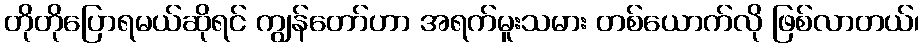
တိုတိုပြောရမယ်ဆိုရင် ကျွန်တော်ဟာ အရက်မူးသမား တစ်ယောက်လို ဖြစ်လာတယ်၊